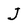
Character: J